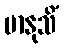
မာနုသိံ